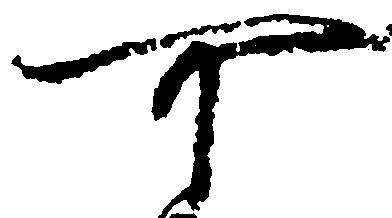
可